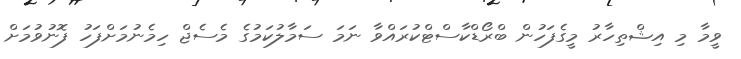
ވީމާ މި އިޝްތިހާރު މީގެފަހުން ބްރޯޑްކާސްޓްކުރައްވާ ނަމަ ސަމާލުކަމުގެ މެސެޖް ހިމެނުމަށްފަހު ފޮނުވުމަށް